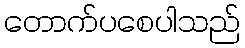
တောက်ပစေပါသည်